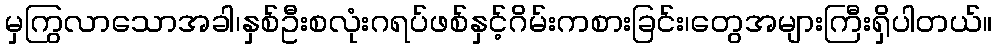
မှကြွလာသောအခါ၊နှစ်ဦးစလုံးဂရပ်ဖစ်နှင့်ဂိမ်းကစားခြင်း၊တွေအများကြီးရှိပါတယ်။